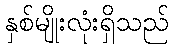
နှစ်မျိုးလုံးရှိသည်